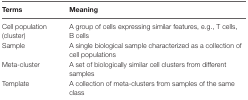
<table><thead><tr><td><b>Terms</b></td><td><b>Meaning</b></td></tr></thead><tbody><tr><td>Cell population (cluster)</td><td>A group of cells expressing similar features, e.g., T cells, B cells</td></tr><tr><td>Sample</td><td>A single biological sample characterized as a collection of cell populations</td></tr><tr><td>Meta-cluster</td><td>A set of biologically similar cell clusters from different samples</td></tr><tr><td>Template</td><td>A collection of meta-clusters from samples of the same class</td></tr></tbody></table>